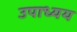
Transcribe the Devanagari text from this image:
उपाध्यय